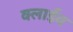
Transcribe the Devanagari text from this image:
क्लाईव